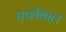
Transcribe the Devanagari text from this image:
फर्शबाल